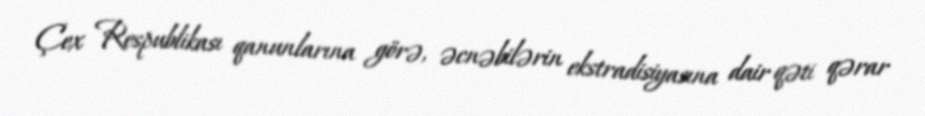
Çex Respublikası qanunlarına görə, əcnəbilərin ekstradisiyasına dair qəti qərar